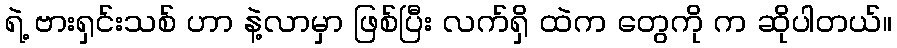
ရဲ့ ဗားရှင်းသစ် ဟာ နဲ့လာမှာ ဖြစ်ပြီး လက်ရှိ ထဲက တွေကို က ဆိုပါတယ်။